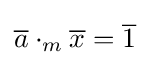
{\overline {a}}\cdot _{m}{\overline {x}}={\overline {1}}